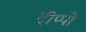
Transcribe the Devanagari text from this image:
ट्रीप्पी